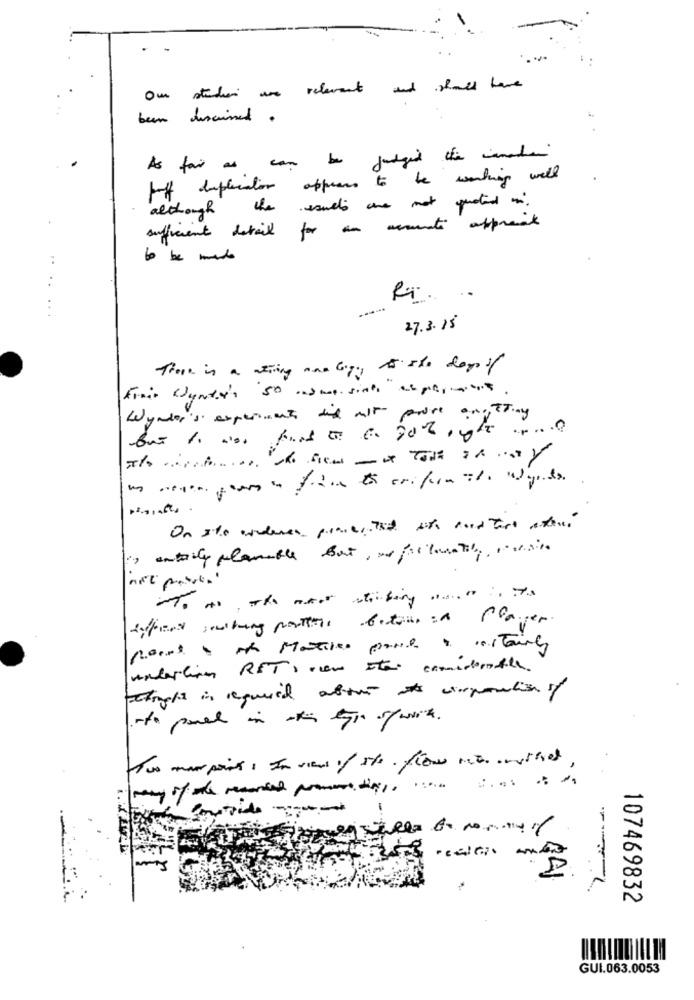
Our studien are relevant and shall have
been dusaimed.
As far as can be judged the canadian
Hoff deplication appears to be working will
although the results are not quoted in.
sufficient detail for an vermute apprent
:
to be made
.. .
..
27.3.15
Ernic Wyndit's 50 and me sinto explicalos
Wynder's experiments did all price anything
On ste adeen ginestat ate contare afeni
", antaily planable But, we pillanatig, ilsito
To As The moor shifting ... 07
noens the Matiles partitaing
underlin RETS come stai comodermatile.
oto panel in the type of worth.
-
107469832
GUI.063.0053